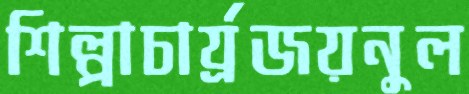
শিল্পাচার্য্রজয়নুল